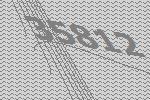
35812